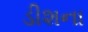
ડીશના